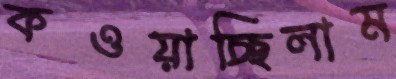
কওয়াচ্ছিলাম